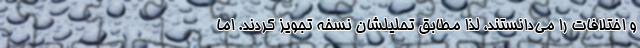
و اختلافات را می‌دانستند، لذا مطابق تحلیلشان نسخه تجویز کردند. اما